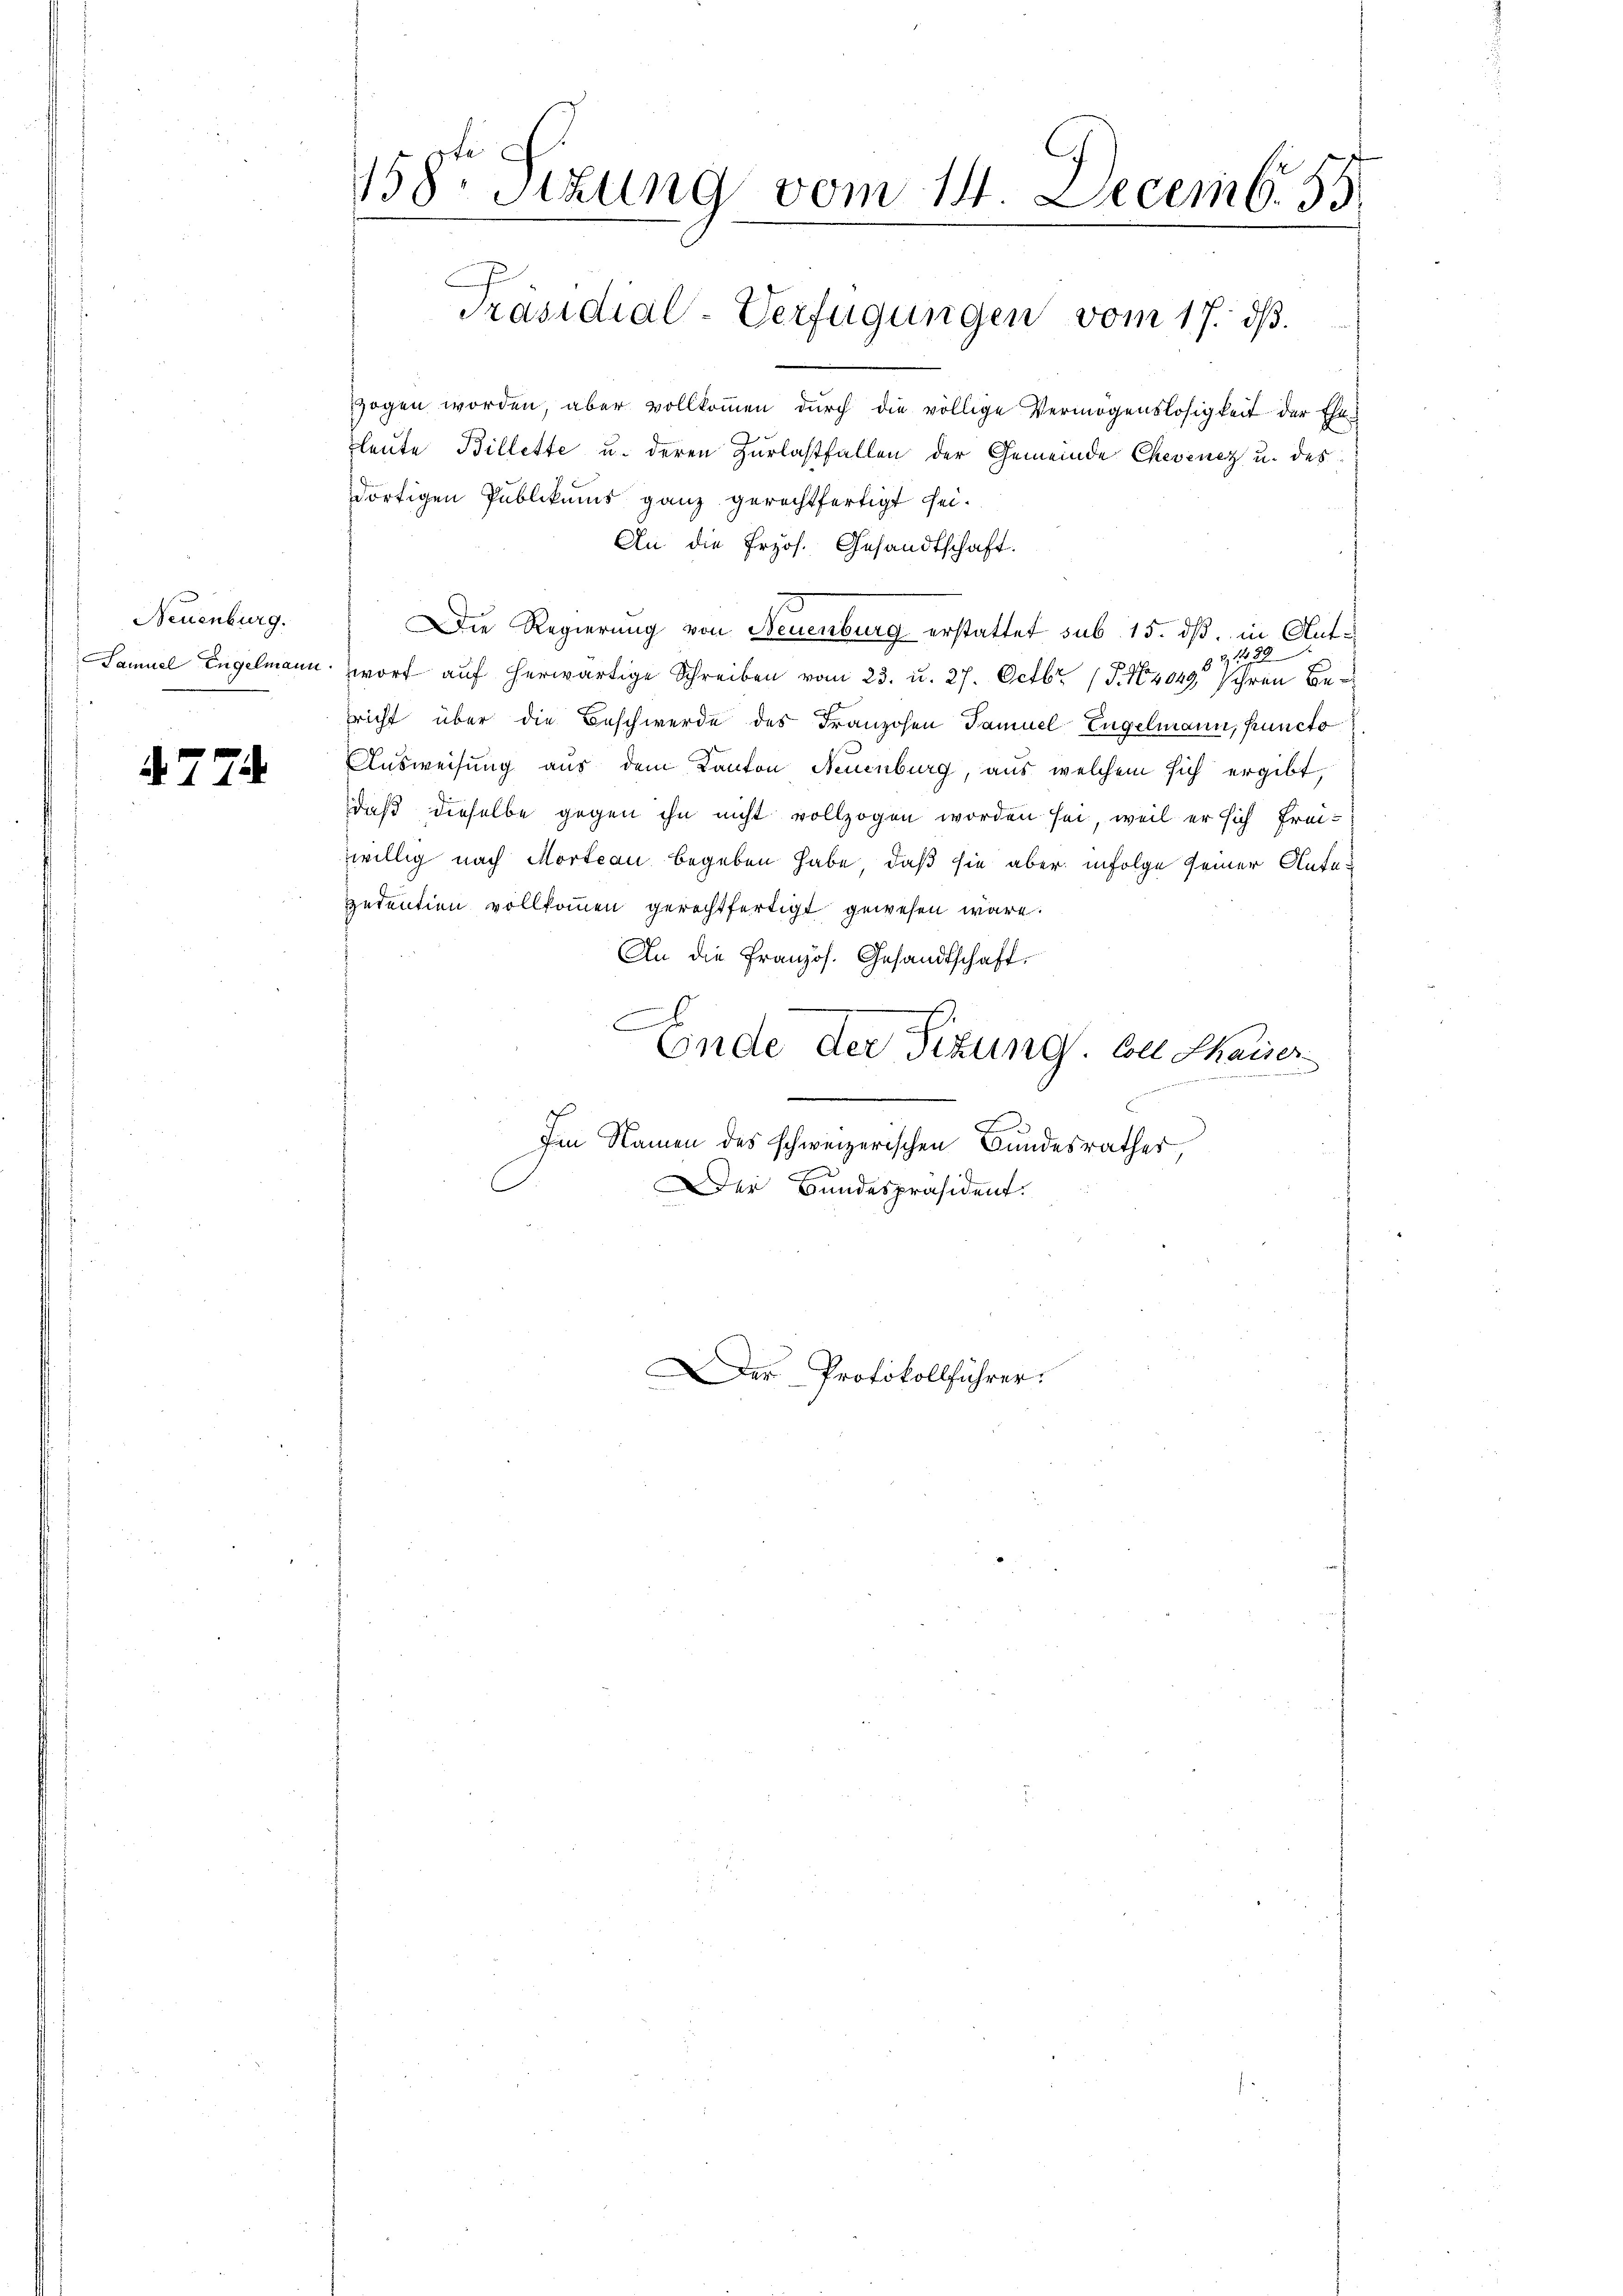
Neuenburg.
Samuel Engelmann.

4774.

158te Sizung vom 14. Decemb. 55.
Präsidial-Verfügungen vom 17. ds.

zogen worden, aber vollkommen durch die völlige Vermögenslosigkeit der Ehefleute Billette u. deren Zurlastfallen der Gemeinde Chevenez u. des
dortigen Publikums ganz gerechtfertigt sei.
An die Erzös. Gesandtschaft.
Die Regierung von Neuenburg erstattet sub 15. dß. in Ant¬
 122
wort auf herwärtige Schreiben vom 23. u. 27. Octbr. (T.164049, Ihren Bericht über die Beschwerde des Franzosen Samuel Engelmann, functo
Ausweisung aus dem Kanton Neuenburg, aus welchem sich ergibt,
daß dieselbe gegen ihn nicht vollzogen worden sei, weil er sich Frei-
willig nach Morteau begeben habe, daß sie aber infolge seiner Antepetentien vollkommen gerechtfertigt gewesen wäre.
An die Französ. Gesandtschaft.
C
Ende der Sitzung. Coll Chaiser
Im Namen des schweizerischen Bundesrathes,
Der Bundespräsident.
Der Protokollführer.